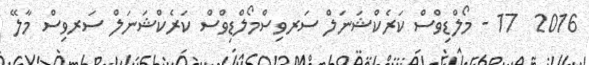
2016  17 - މޯލްޑިވްސް ކަރެކްޝަނަލް ސަރވިސްމޯލްޑިވްސް ކަރެކްޝަނަލް ސަރވިސް މާލޭ